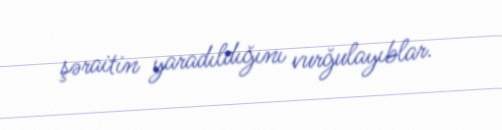
şəraitin yaradıldığını vurğulayıblar.